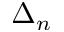
\Delta _ { n }